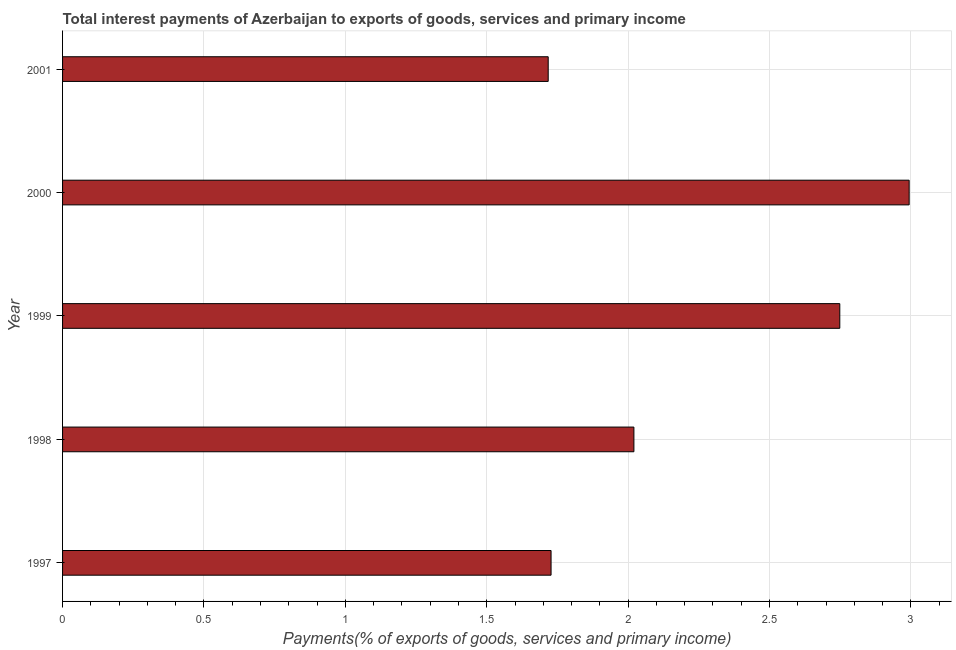
| Year | Interest payments on external debt |
 | --- | --- |
 | 1997 | 1.73 |
 | 1998 | 2.02 |
 | 1999 | 2.75 |
 | 2000 | 2.99 |
 | 2001 | 1.72 |